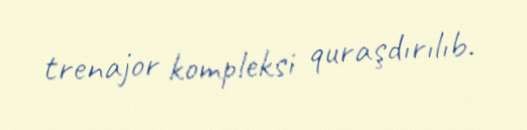
trenajor kompleksi quraşdırılıb.